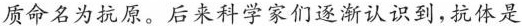
质命名为抗原。后来科学家们逐渐认识到,抗体是